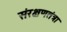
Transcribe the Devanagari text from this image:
संरक्षणतंत्रा